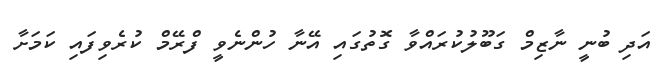
އަދި ބުނީ ނާޒިމް ގަބޫލުކުރައްވާ ގޮތުގައި އޭނާ ހުންނެވީ ފްރޭމް ކުރެވިފައި ކަމަށާ